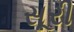
સૂરી